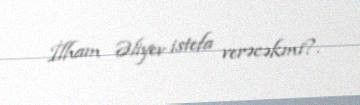
İlham Əliyev istefa verəcəkmi?.